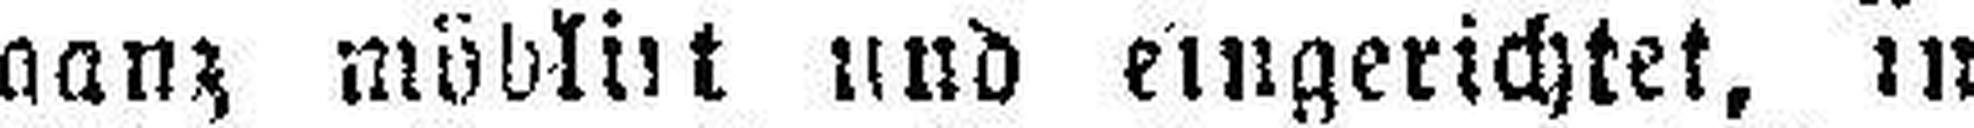
ganz möblirt und eingerichtet, in